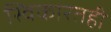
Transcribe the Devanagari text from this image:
स्विकारतही